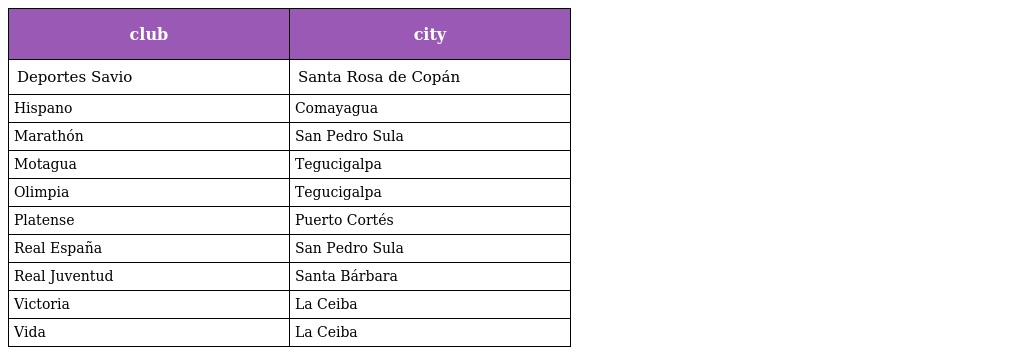
| club | city |
 | --- | --- |
 | Deportes Savio | Santa Rosa de Copán |
 | Hispano | Comayagua |
 | Marathón | San Pedro Sula |
 | Motagua | Tegucigalpa |
 | Olimpia | Tegucigalpa |
 | Platense | Puerto Cortés |
 | Real España | San Pedro Sula |
 | Real Juventud | Santa Bárbara |
 | Victoria | La Ceiba |
 | Vida | La Ceiba |